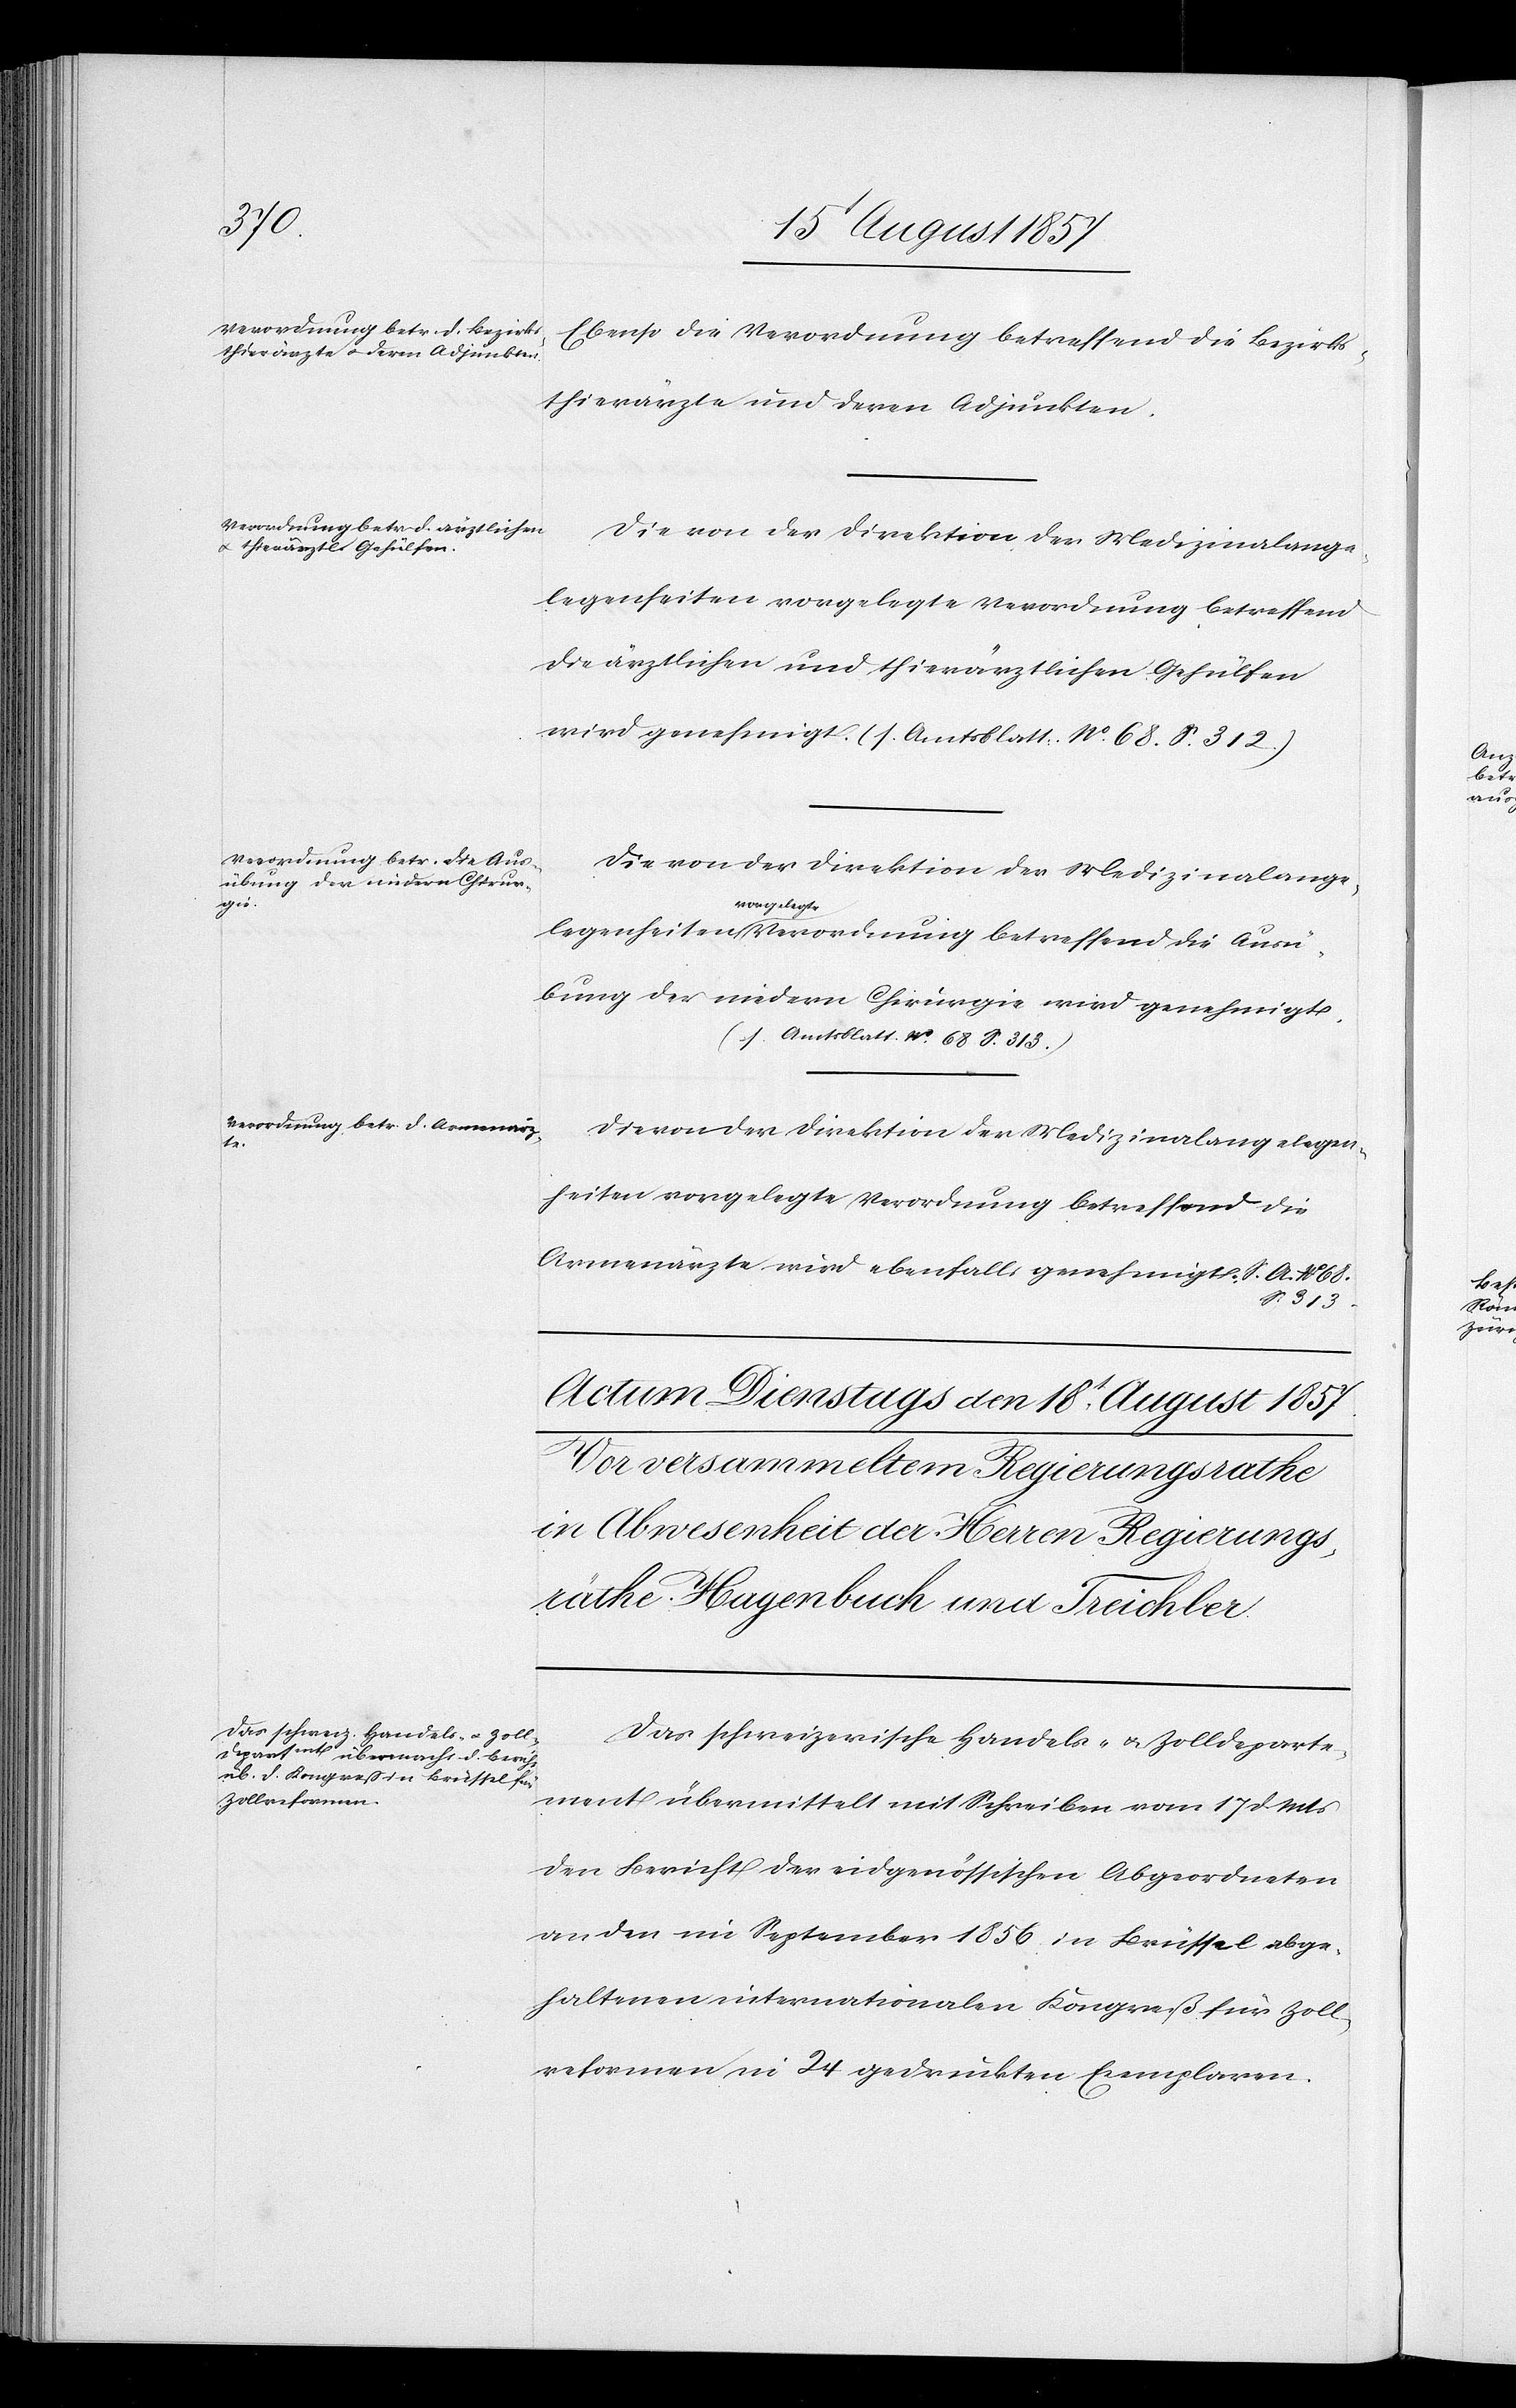
Ausü¬

Ebenso die Verordnung betreffend die Bezirks¬
thierärzte und deren Adjunkten.
Die von der Direktion der Medizinalange¬
legenheiten vorgelegte Verordnung betreffend
die ärztlichen und thierärztlichen Gehülfen
wird genehmigt. (s. Amtsblatt. No 68 S. 312.)
bung der niedern Chirurgie wird genehmigt.
(s. Amtsblatt No 68 S. 313)
Die von der Direktion der Medizinalangelegen¬
heiten vorgelegte Verordnung betreffend die
Armenärzte wird ebenfalls genehmigt. S. A. No 68
S. 313.
Das schweizerische Handels- & Zolldeparte¬
ment übermittelt mit Schreiben vom 17 d. Mts.
den Bericht des eidgenössischen Abgeordneten
an den im September 1856 in Brüssel abge¬
haltenen internationalen Kongreß für Zoll¬
reformen in 24 gedruckten Exemplaren.